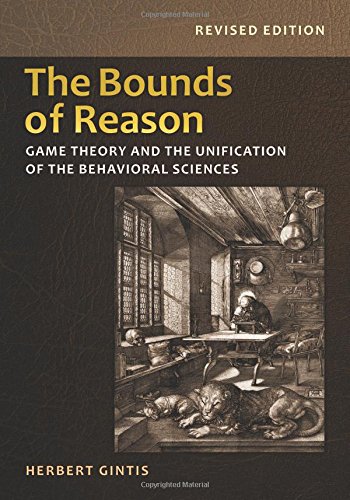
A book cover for The Bounds of Reason: Game Theory and the Unification of the Behavioral Sciences; Herbert Gintis; Science & Math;